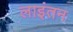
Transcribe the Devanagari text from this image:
लाइंतन